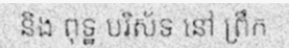
និង ពុទ្ឋ បរិស័ទ នៅ ព្រឹក